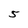
Character: 5